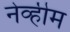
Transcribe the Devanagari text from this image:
नेव्हीम